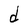
Character: d